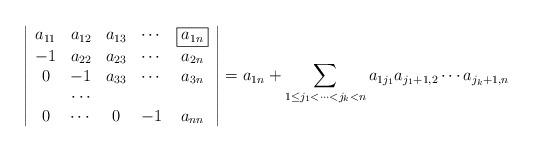
LaTeX: \begin{align*}\left|\begin{array}{ccccc}a_{11}&a_{12}&a_{13}&\cdots&\boxed{a_{1n}}\\-1&a_{22}&a_{23}&\cdots&a_{2n}\\0&-1&a_{33}&\cdots&a_{3n}\\&\cdots\\0&\cdots&0&-1&a_{nn}\end{array}\right|=a_{1n}+\sum_{1\leq j_1<\cdots<j_{k}<n}a_{1j_1}a_{j_1+1,2}\cdots a_{j_k+1,n}\end{align*}